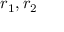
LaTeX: r _ { 1 } , r _ { 2 }